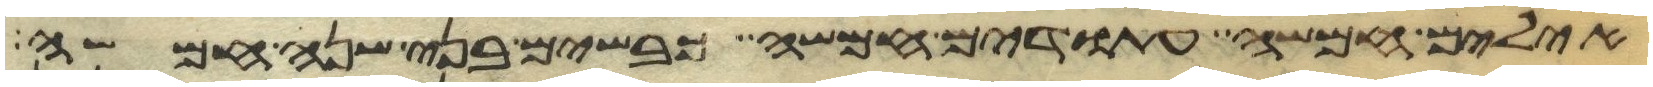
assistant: אילים חמשה עתודים חמשה כבשים בני שנה חמשה